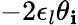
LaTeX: -2\epsilon_{l}\theta_{\mathbf{i}}